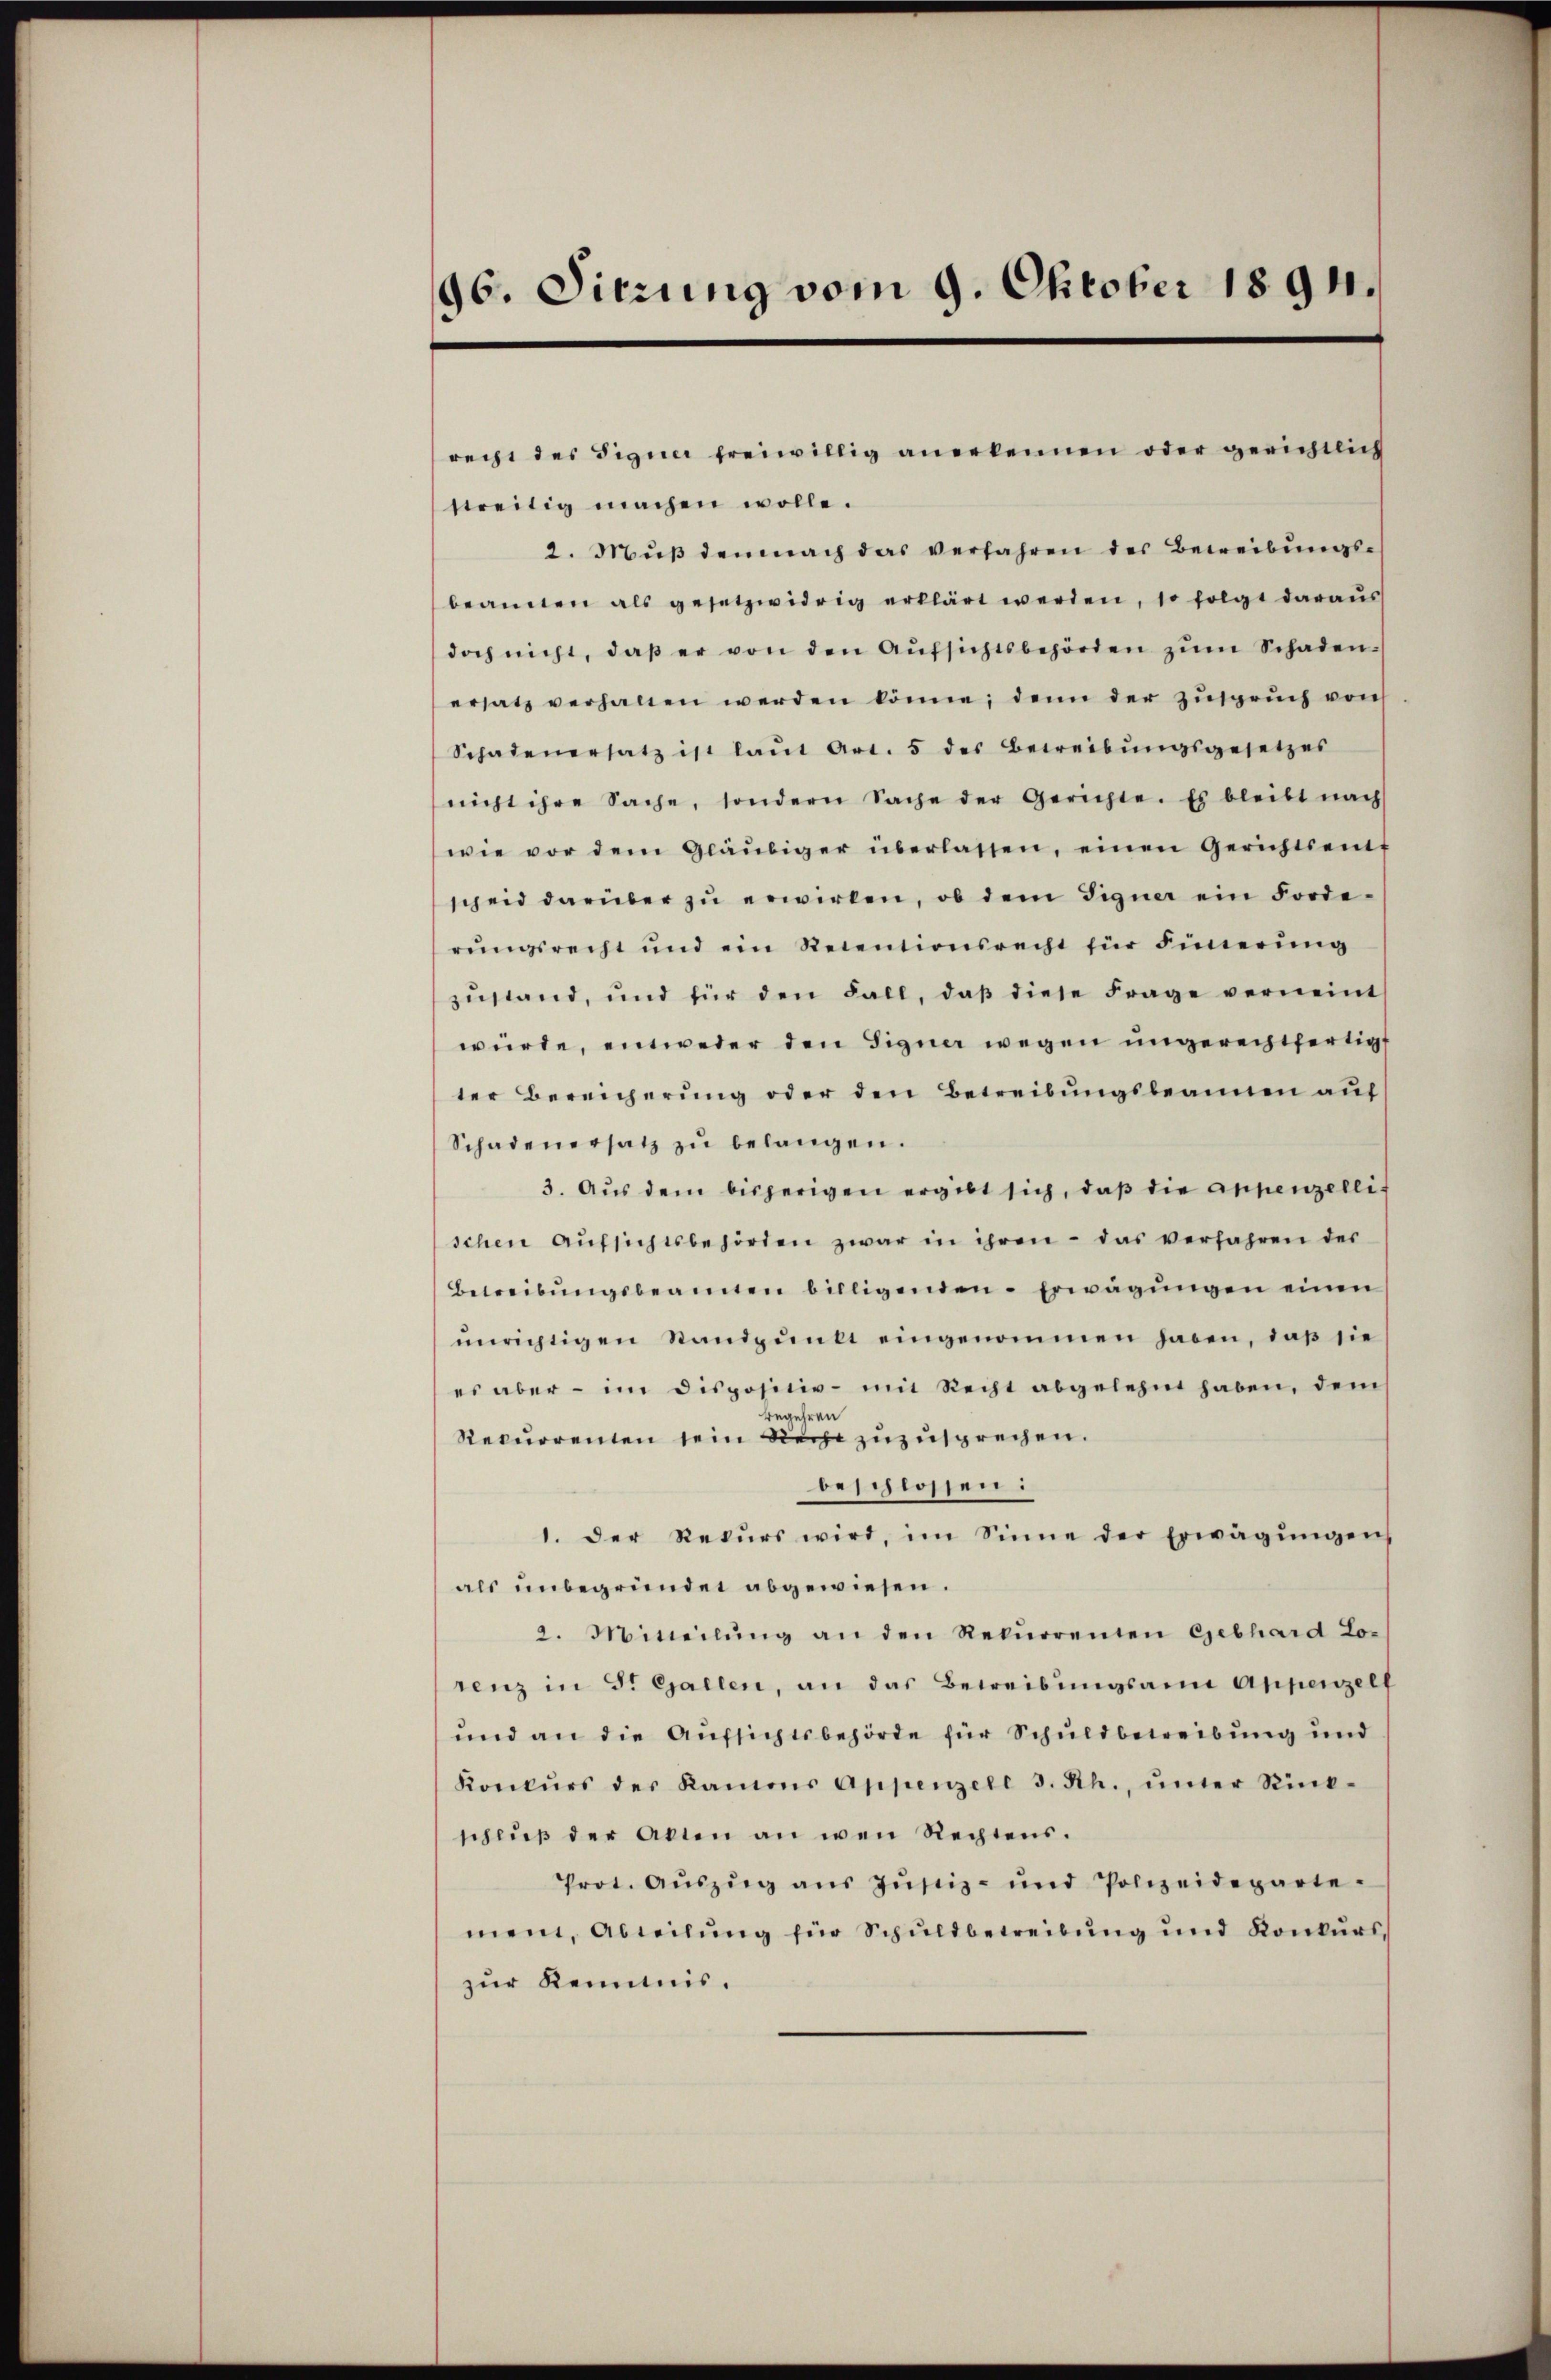
96. Sitzung vom 9. Oktober 1894.

recht des Signer freiwillig anerkennen oder gerichtlich
streitig machen wolle.
2. Mŭβ demnach das verfahren des Beweibungsbeannen als gesetzwidrig erklärt werden, so folgt daraus
doch nicht, daβ er von den Aŭfsichtsbehörden zŭm Schadenersatz verhalten werden könne; denn der Zŭsprŭch von
Schadenersatz ist laŭt Art. 5 des Betreibŭngsgesetzes
nicht ihre Sache, sondern Sache der Gerichte. Es bleibt nach
wie vor dem Gläubiger überlassen, einen Gerichtsentf
scheid darüber zu erwirken, ob dem Signer ein Forderŭngsrecht und ein Retentionsrecht für Sinnerung
zŭstand, und für den Fall, daβ diese Frage verneint
würde, entweder den Signer wegen ungerechtfertigt
ter Bereicherŭng oder den Betreibŭngsbeannen auf
Schadenersatz zŭ belangen.
3. Aŭs dem bisherigen ergibt sich, daβ die Appenzellischen Aŭfsichtsbehörden zwar in ihren - das verfahren der
Betreibŭngsbeamten billigenden Erwägŭngen einen
ŭnrichtigen Standpŭnkt eingenommen haben, daβ sie
es aber - im dispositiv mit Recht abgelehnt haben, dem
begehren
Recurrenten sein Recht zuzusprechen.
beschlossen:
1. Der Rekŭrs wird, im Sinne der Erwägŭngen
als unbegründet abgewiesen.
2. Mitteilŭng an den Rekŭrrenten Gebhard Lo-
renz in St. Gallen, an das Betreibŭngsann Appenzell
und an die Aufsichtsbehörde für Schuldbetreibung und
Konkŭrs der Kamens Appenzell 3. Rh., ŭnter Rück-
schlŭβ der Akten an wen Rechtens.
Prot. Aŭszŭg aŭs Zŭstiz- und Polizeideparte-
mei, Abteilung für Schuldbetreibung und Konkurs,
zur Kenntnis.